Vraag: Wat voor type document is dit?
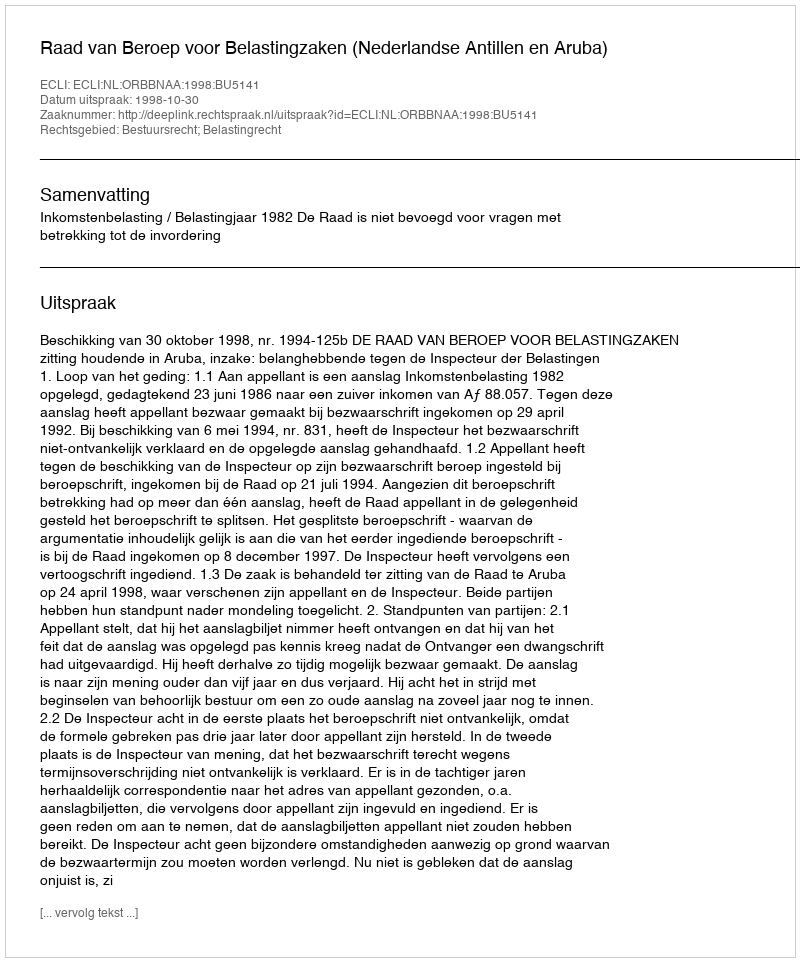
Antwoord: Uitspraak